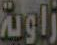
زاوية